画像に写った文字を読んでください
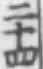
「二十四」と書いてあります